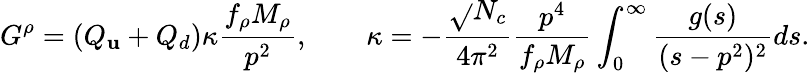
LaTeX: G^{\rho}=(Q_{\mathbf{u}}+Q_{d})\kappa\frac{{f_{\rho}M_{\rho}}}{{p^{2}}},\qquad\kappa=-\frac{{\sqrt{}{{N_{c}}}}}{{4\pi^{2}}}\frac{{p^{4}}}{{f_{\rho}M_{\rho}}}\int_{0}^{\infty}\frac{{g(s)}}{{(s-p^{2})^{2}}}ds.